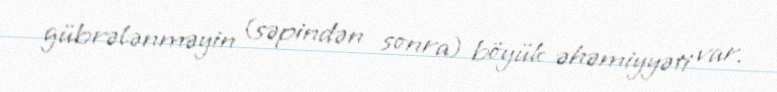
gübrələnməyin (səpindən sonra) böyük əhəmiyyəti var.